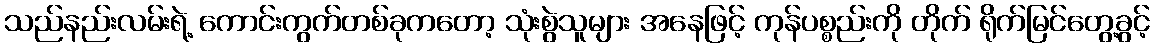
သည်နည်းလမ်းရဲ့ ကောင်းကွက်တစ်ခုကတော့ သုံးစွဲသူများ အနေဖြင့် ကုန်ပစ္စည်းကို တိုက် ရိုက်မြင်တွေ့ခွင့်